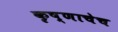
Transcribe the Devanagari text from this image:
कृष्णाचेच